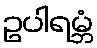
ဥပါရမ္ဘံ